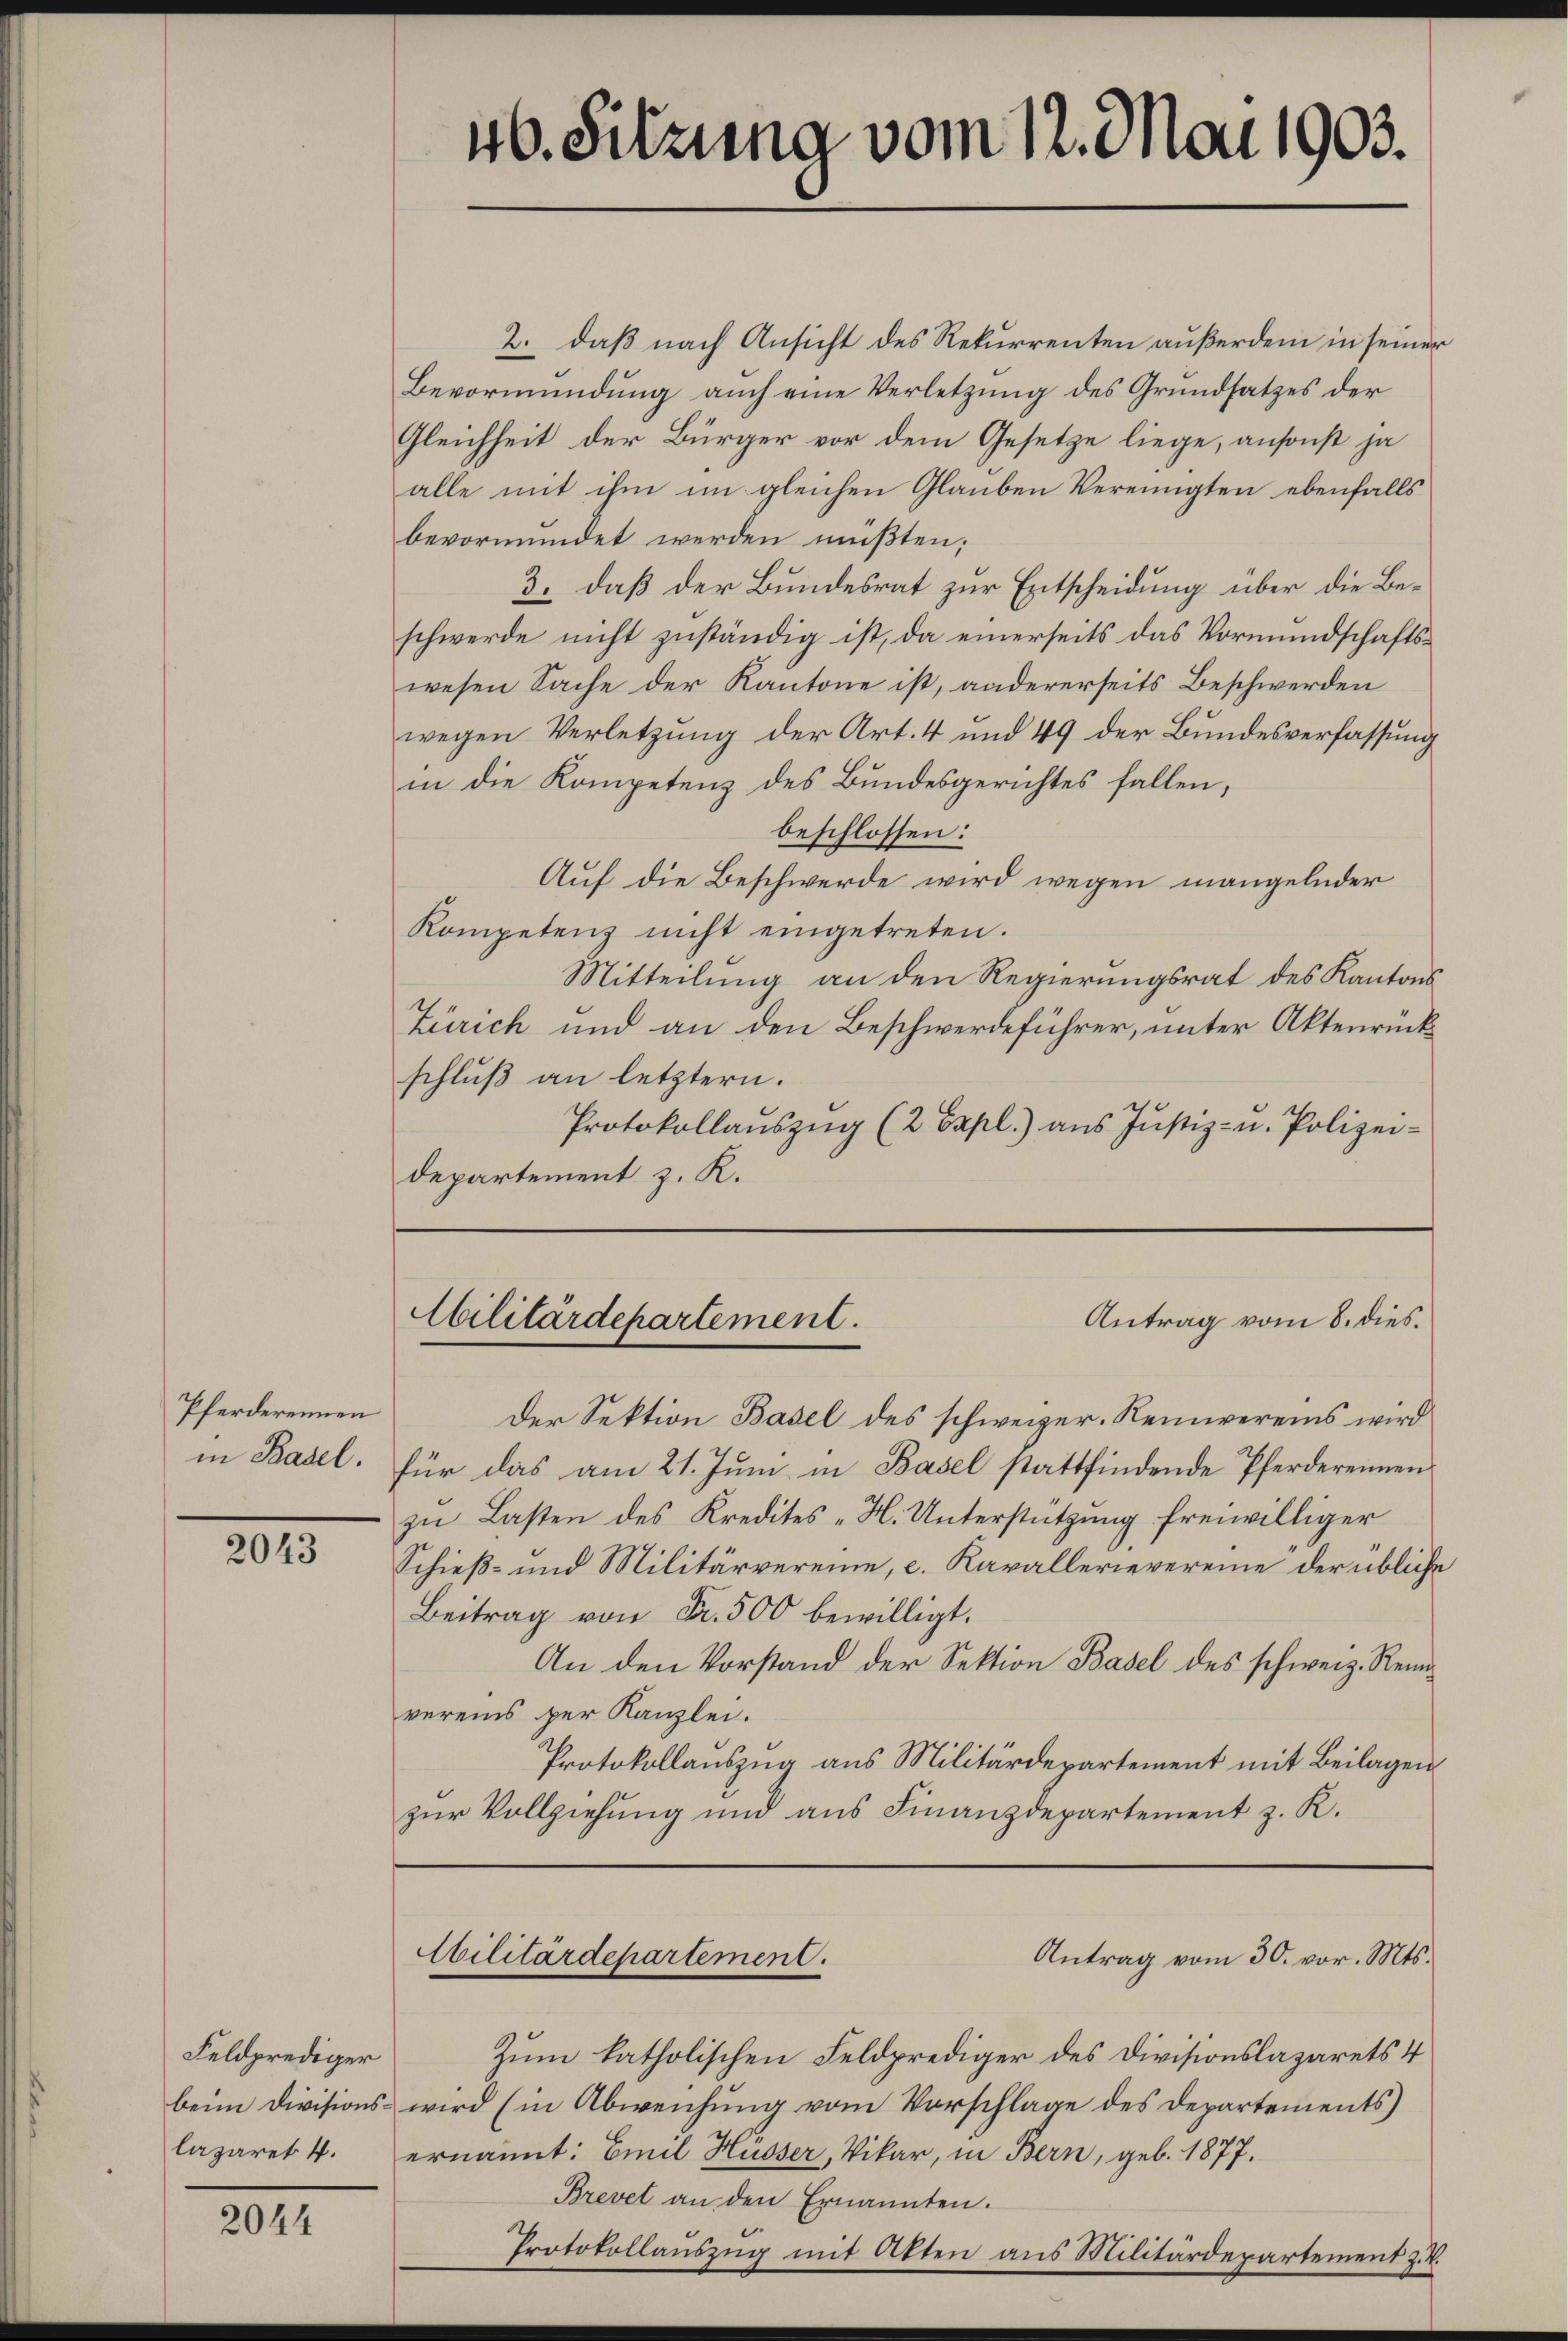
Pferderennen
in Basel.

2043

Feldprediger
beim Divisions¬

2044

2. daß nach Ansicht des Rekurrenten außerdem in seiner
Bevormundung auch eine Verletzung des Grundsatzes der
Gleichheit der Bürger vor dem Gesetze liege, ansonst ja
alle mit ihm im gleichen Glauben Vereinigten ebenfalls
bevormundet werden müßten;
3. daß der Bundesrat zur Entscheidung über die Beschwerde nicht zuständig ist, da einerseits das Vormundschaftswesen Sache der Kantone ist, andererseits Beschwerden
wegen Verletzung der Art. 4 und 49 der Bundesverfassung
in die Kompetenz des Bundesgerichtes fallen,
beschlossen:
Auf die Beschwerde wird wegen mangelnder
Kompetenz nicht eingetreten.
Mitteilung an den Regierungsrat des Kantons
Zürich und an den Beschwerdeführer, unter Aktenrück
schluß an letztern.
Protokollanszŭg (2 Expl.) ans Justiz- u. Polizeidepartement z. R.

46. Sitzung vom 12. Mai 1903.

Antrag vom 8. dies.
Cilitärdepartement.

Der Sektion Basel des schweizer. Reinereins wird
für das am 21. Juni in Basel stattfindende Pferdereinen
zu Lasten des Kredites H. Unterstützung freiwilliger
Schieß- und Militärvereine, c. Kavallerievereine der übliche
Beitrag von Fr. 500 bewilligt.
An den Vorstand der Sektion Basel des schweiz. Rennvereins per Kanzlei.
Protokollauszug aus Militärdepartement mit Beilagen
zur Vollziehung und aus Finanzdepartement z. R.

Cilitärdepartement.

Antrag vom 30. vor. Mts.

Zum katholischen Feldprediger des Divisionslazarets 4
wird (in Abweichung vom Vorschlage des Departements
lazaret 4. ernannt: Emil Husser, Vikar, in Bern, geb. 1877.
Brevet an den Ernannten.
Protokollauszug mit Akten aus Militärdepartement z. B.